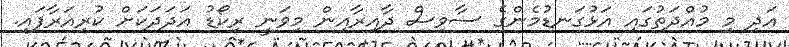
އަދި މި މުއްދަތުގައި އަޅުގަނޑުމެންގެ ސާވިސް ދާއިރާއިން މިވަނީ ރިކޯޑު އަދަދަކަށް ކުރިއަރާފައި.